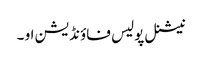
نیشنل پولیس فاؤنڈیشن او ۔